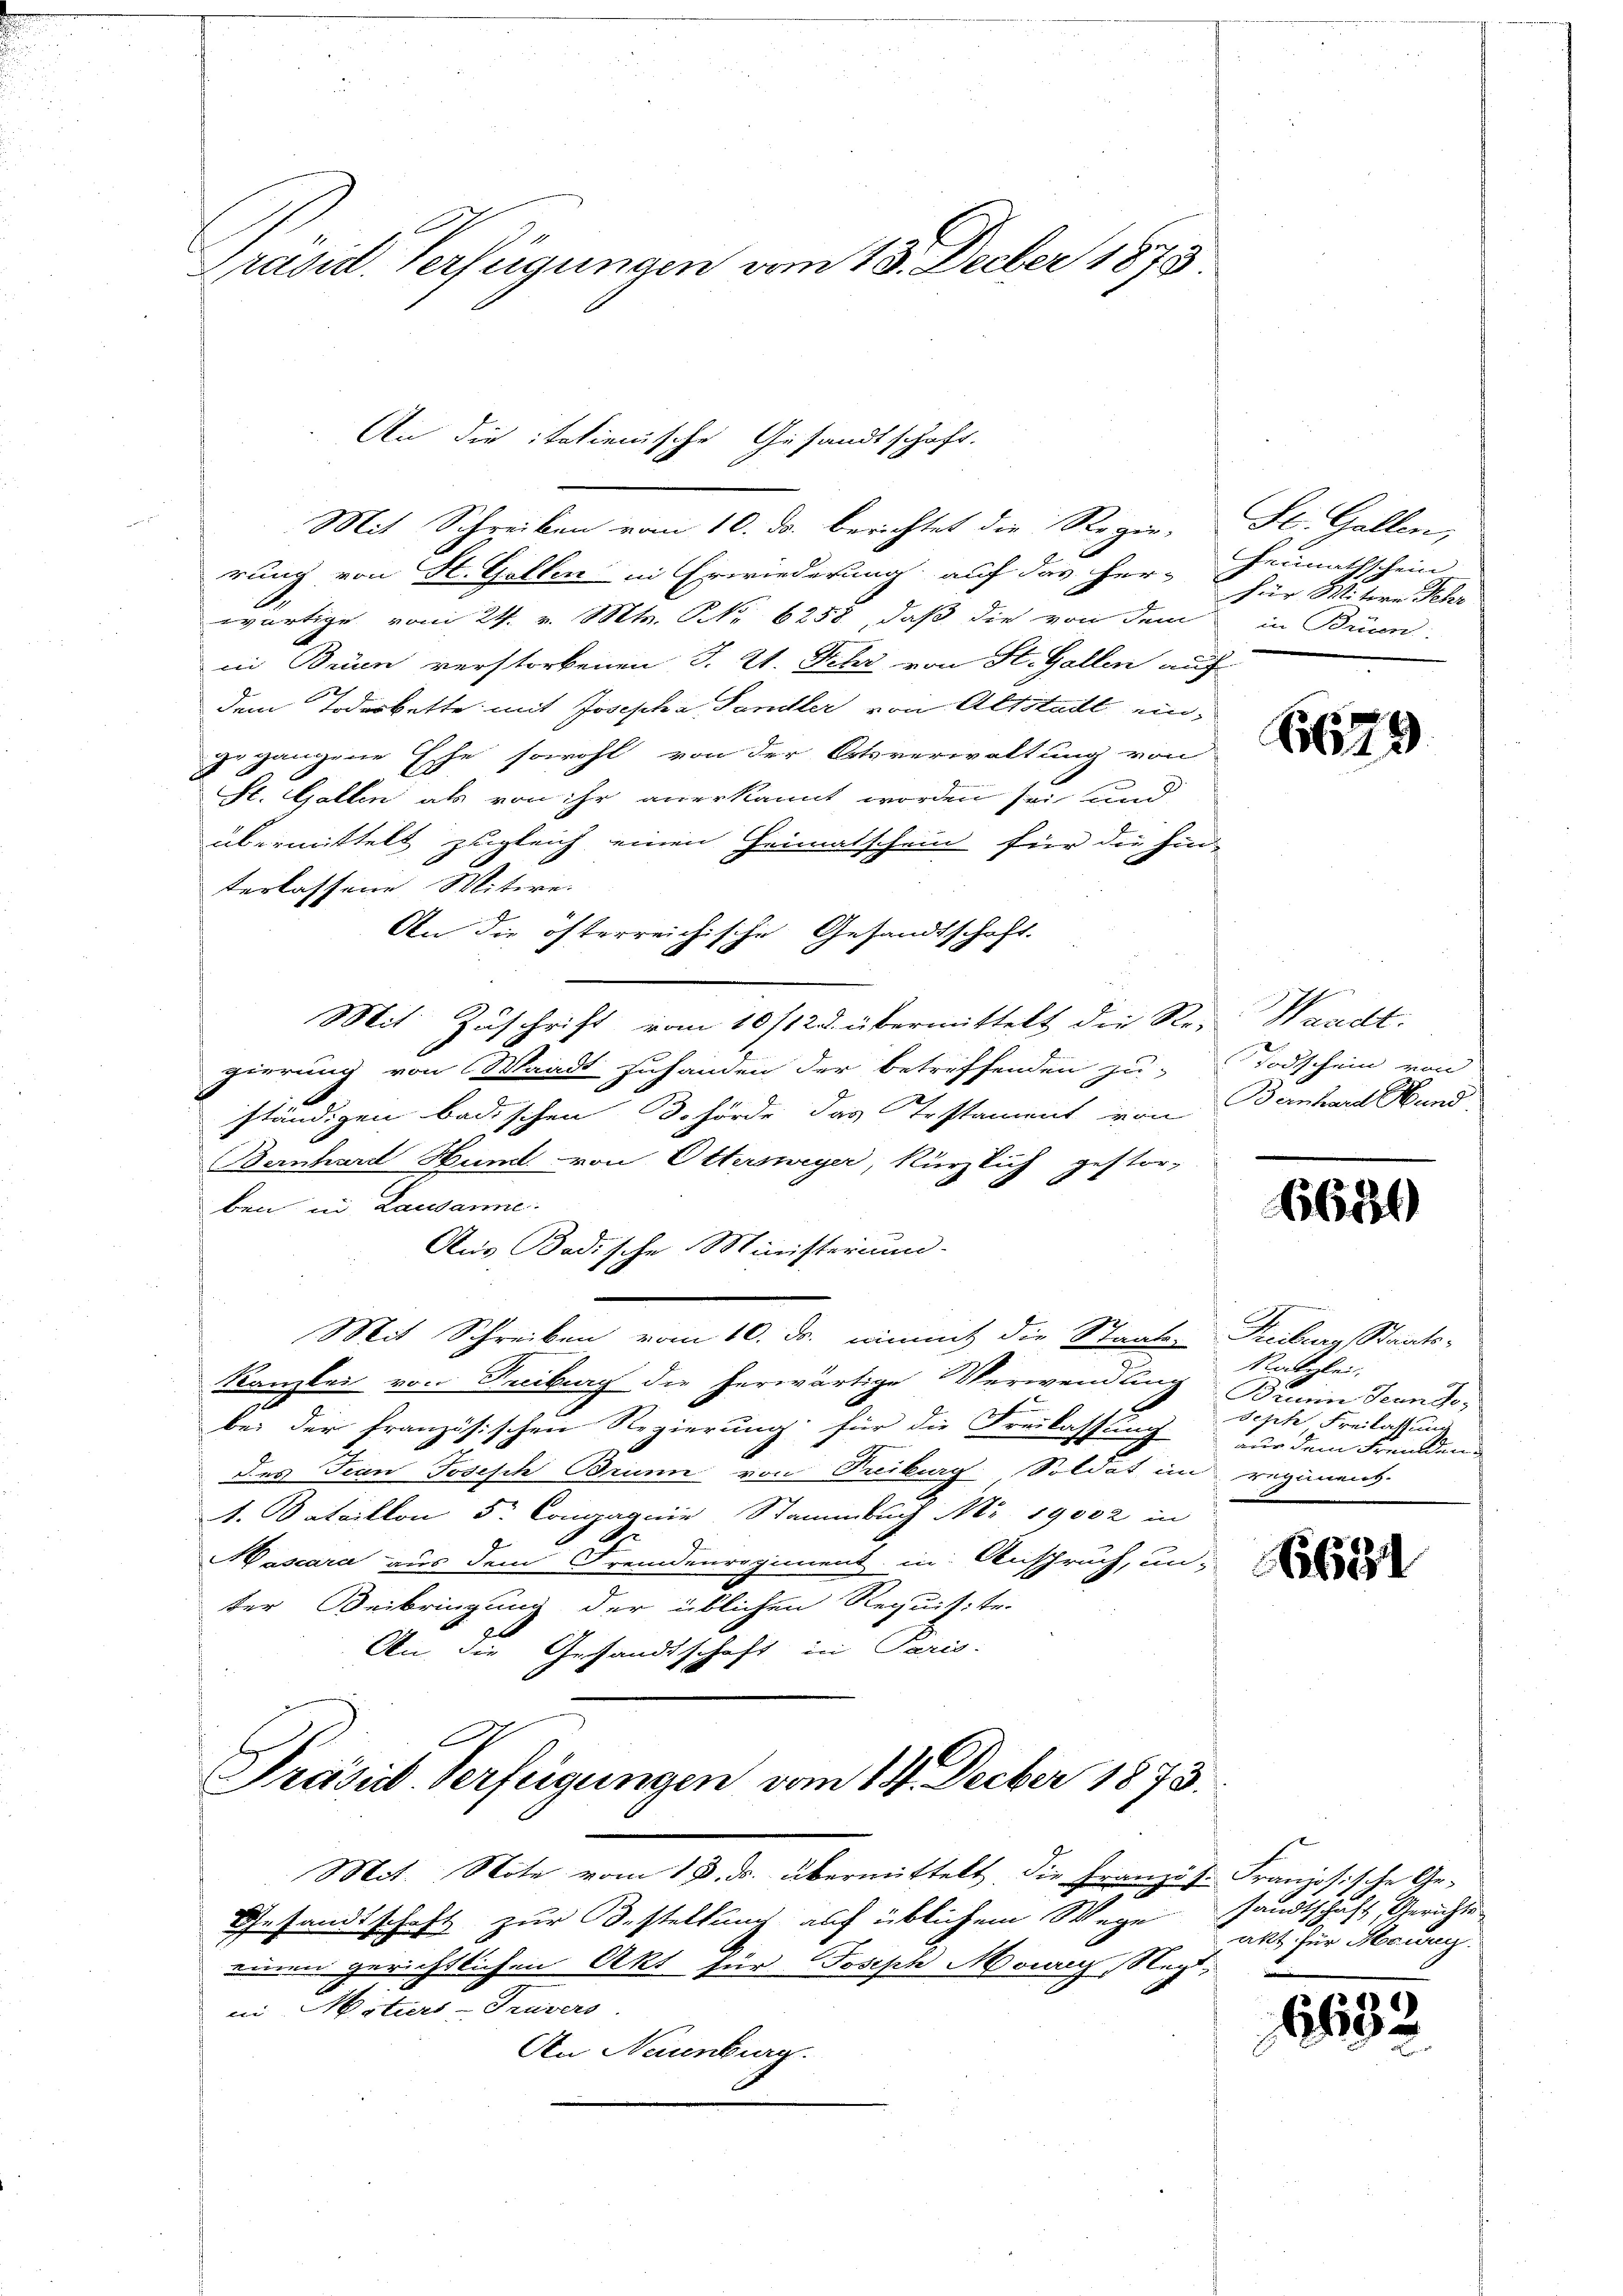
Präsid. Verfügungen vom 13. Decber 1873

rung von St. Gallen in Erwiederung auf das her-Heimathschein
wärtige vom 24. v. Mts. NNo. 6258, daß die von dem in Brien-
in Brünn verstorbenen J. Zt. Fehr von St. Gallen auf
2
dem Todeskette mit Josepha Sandler von Altstadt eingegangene Ehe sowohl von der Ortsverwaltung von
St. Gallen als von ihr anerkannt worden sei und
übermittelt zugleich einen Heimatschein für die hin-
terlassene Witwe.
An die öfterreichische Gesandtschaft.
Mit Zŭschrift vom 10/123. übermittelt die Re- Waadt.
gierung von Waadt zuhanden der betreffenden zu- Todschein von
ständigen badischen Behörde das Testament von Bernhard Mund,
Bernhard Hund von Ottersweyer, Kürzlich
gestor-
ben in Lausanne.
Aus Badische Ministerium.
Mit Schreiben vom 10. ds. einmit die Staats- Freiburg, Staats-
Kanzlei von Freiburg die herwärtige Verwendung
bei der französischen Regierung für die Freilassung er dem Freuden
Des Jean Josisch Brunn von Treiburg Soldat im regimens
t. Bataillon 5. Compagnie Stammbuch Nr 19002 in
Hascara aus dem Fremdenregiment in Anspruch, unter Beibringung der üblichen Requisite.
An die Gesandtschaft in Paris.

An die italienische Gesandtschaft.
Mit Schreiben vom 10. ds. berichtet die Regie-

Präsid. Verfügungen vom 14. Decber 1873.

Mot. Note vom 13. ds. übermittelt. Die Französ. Französische Ge-
Gesandtschaft zur Bestellung auf üblichem Wege
einen gerichtlichen Akt für Joseph Maag, Neg
in Miturs-Truvers
An Neuenburg.

St. Gallen,
für Mitere Sehr

6179

665

Ratzlei.
Brunn Jeando-
sische Freilassung

Nibel

sandtschaft Gerichte
akt für Beweg

6632
2